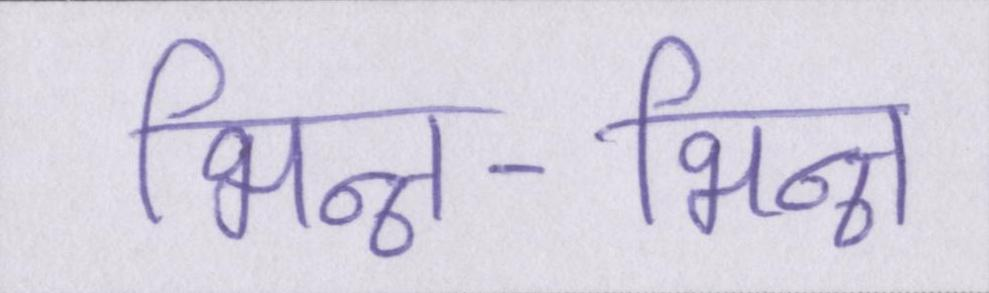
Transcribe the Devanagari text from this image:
भिन्न-भिन्न